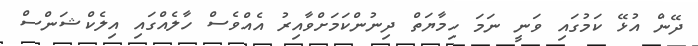
ދޭން އުޅޭ ކަމުގައި ވަނީ ނަމަ ހިމާޔަތް ދިިނުންކަމަށްވާއިިރު އެއްވެސް ހާލެއްގައި އިލެކްޝަންސް